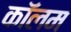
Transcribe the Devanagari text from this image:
काॅलम